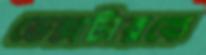
ডেক্সটারকে